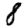
Digit: 8